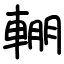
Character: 輣